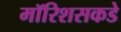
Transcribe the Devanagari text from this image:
मॉरिशसकडे